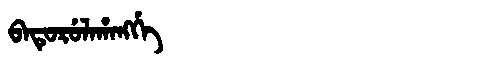
Manchu: ᠪᠠᡨᡠᡵᡠᠯᠠᡥᠠᠩᡤᡝ
Romanization: BATURULAHANGGE